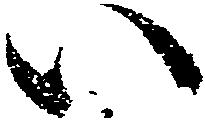
い